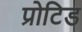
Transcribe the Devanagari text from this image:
प्रोटिड